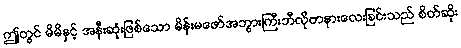
ဤတွင် မိမိနှင့် အနီးဆုံးဖြစ်သော မိန်းမဖော်အဘွားကြီးဘီလိုဗာနားလေးခြင်းသည် စိတ်ဆိုး